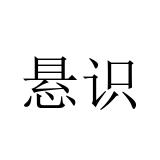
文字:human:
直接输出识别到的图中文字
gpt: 悬识